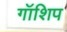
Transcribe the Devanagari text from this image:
गॉशिप